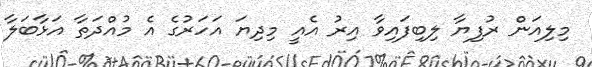
މިލިއަން ރުފިޔާ ލިބިފައިވާ އިރު އެއީ މިދިޔަ އަހަރުގެ އެ މުއްދަތާ އަޅާބަލާ